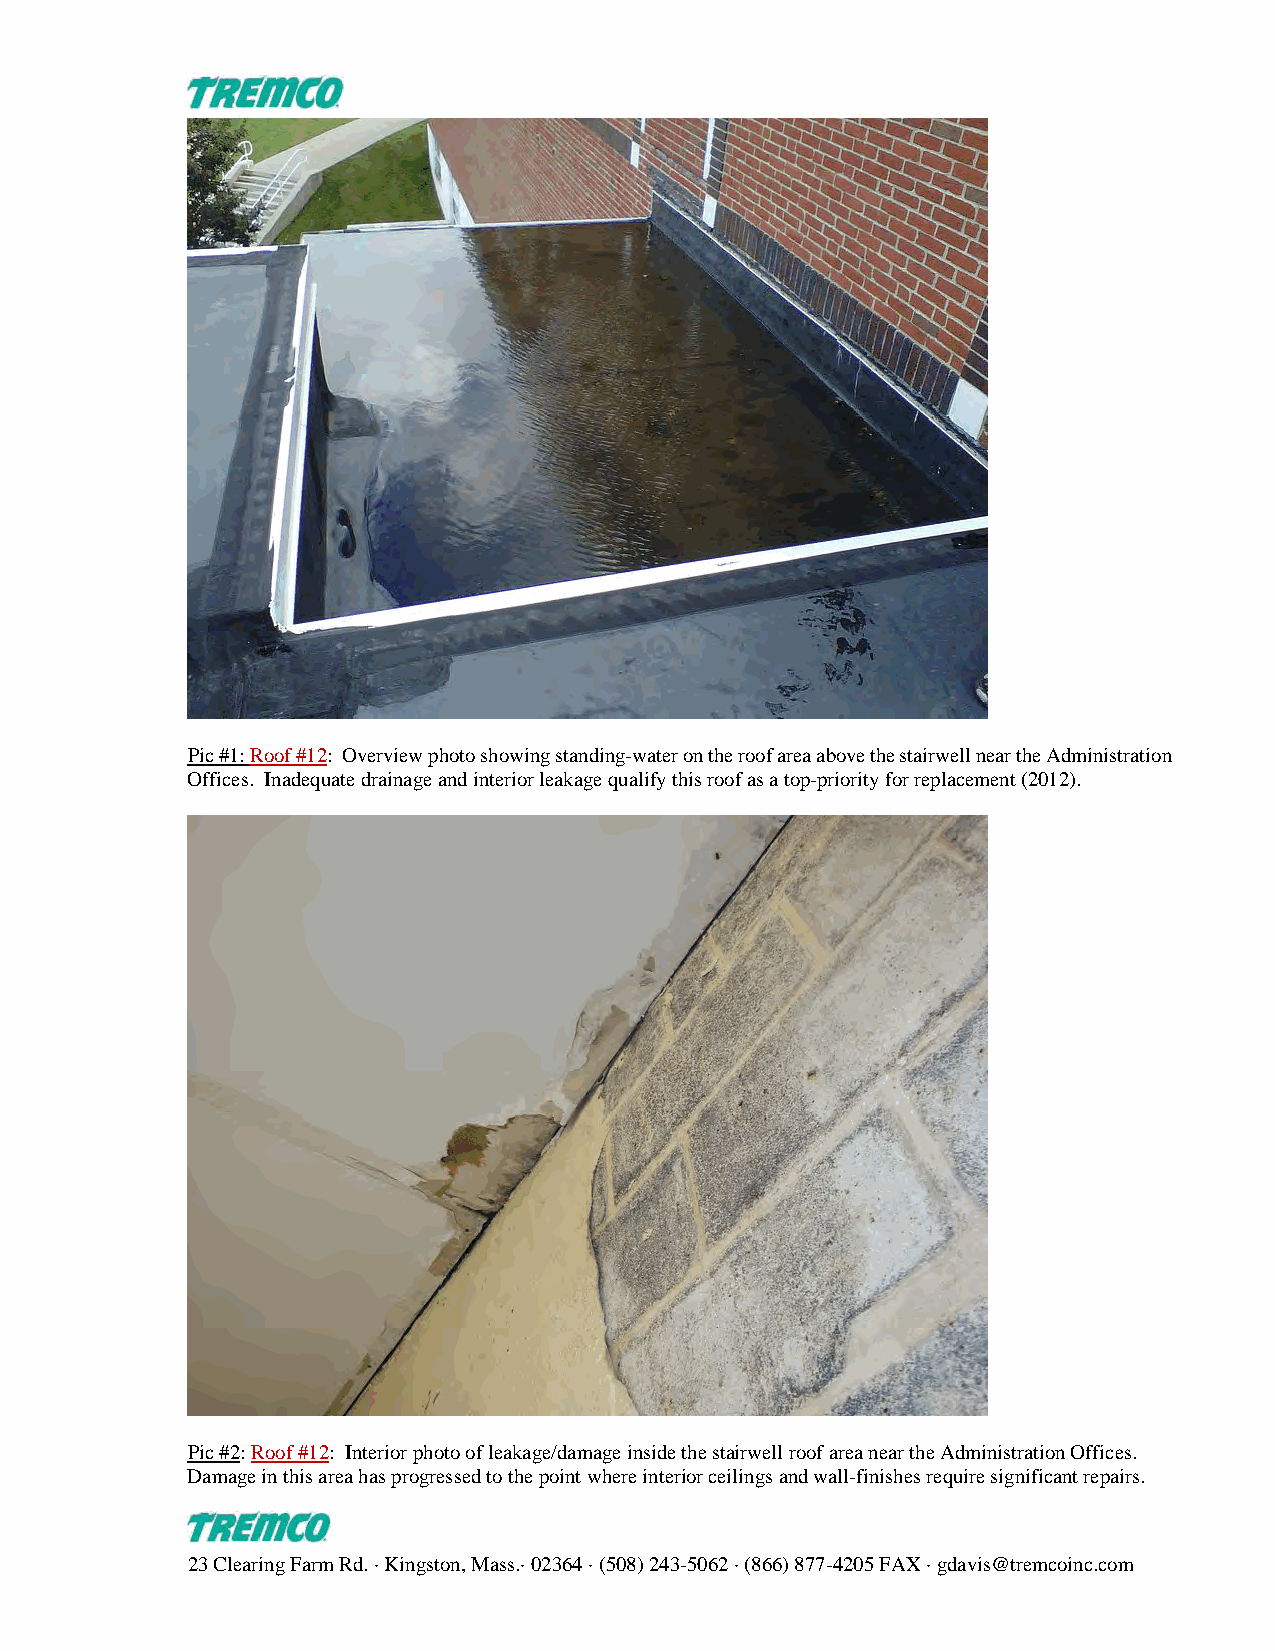
Pic #1: Roof #12: Overview photo showing standing-water on the roof area above the stairwell near the Administration
 Offices. Inadequate drainage and interior leakage qualify this roof as a top-priority for replacement (2012).
 Pic #2: Roof #12: Interior photo of leakage/damage inside the stairwell roof area near the Administration Offices.
 Damage in this area has progressed to the point where interior ceilings and wall-finishes require significant repairs.
 23 Clearing Farm Rd. · Kingston, Mass.· 02364 · (508) 243-5062 · (866) 877-4205 FAX · gdavis@tremcoinc.com